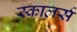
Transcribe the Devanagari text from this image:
स्कालर्स